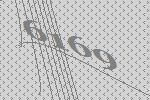
6169